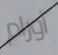
أورام